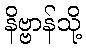
နိဗ္ဗာန်သို့